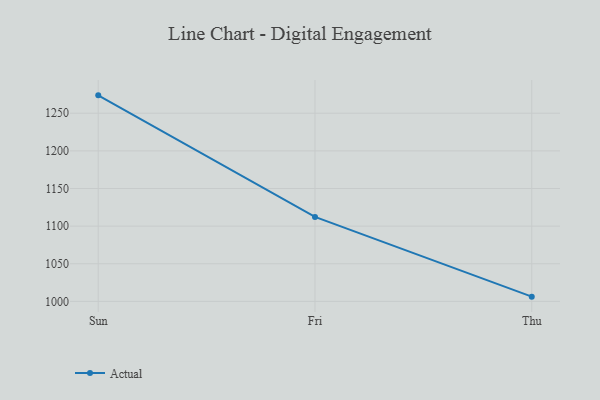
{"axis": {"x": "Day", "y": "Conversion Rate (%)"}, "legend": ["Actual"], "data": [{"x": "Sun", "y": 1273.8, "type": "Actual"}, {"x": "Fri", "y": 1112.3, "type": "Actual"}, {"x": "Thu", "y": 1006.3, "type": "Actual"}]}